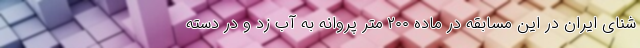
شنای ایران در این مسابقه در ماده ۲۰۰ متر پروانه به آب زد و در دسته